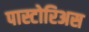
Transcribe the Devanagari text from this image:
पास्टोरिअस